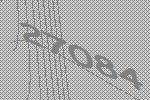
27084